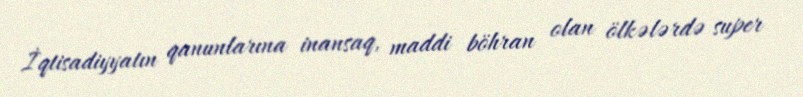
İqtisadiyyatın qanunlarına inansaq, maddi böhran olan ölkələrdə super